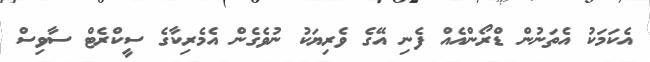
އެކަމަކު އެތަނުން ޑްރޯންއެއް ފެނި އޭގެ ވެރިޔަކު ނުވެގެން އެމެރިކާގެ ސީކްރެޓް ސާވިސް